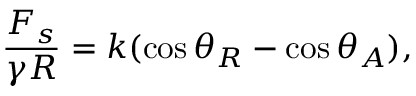
\frac { F _ { s } } { \gamma R } = k ( \cos \theta _ { R } - \cos \theta _ { A } ) ,